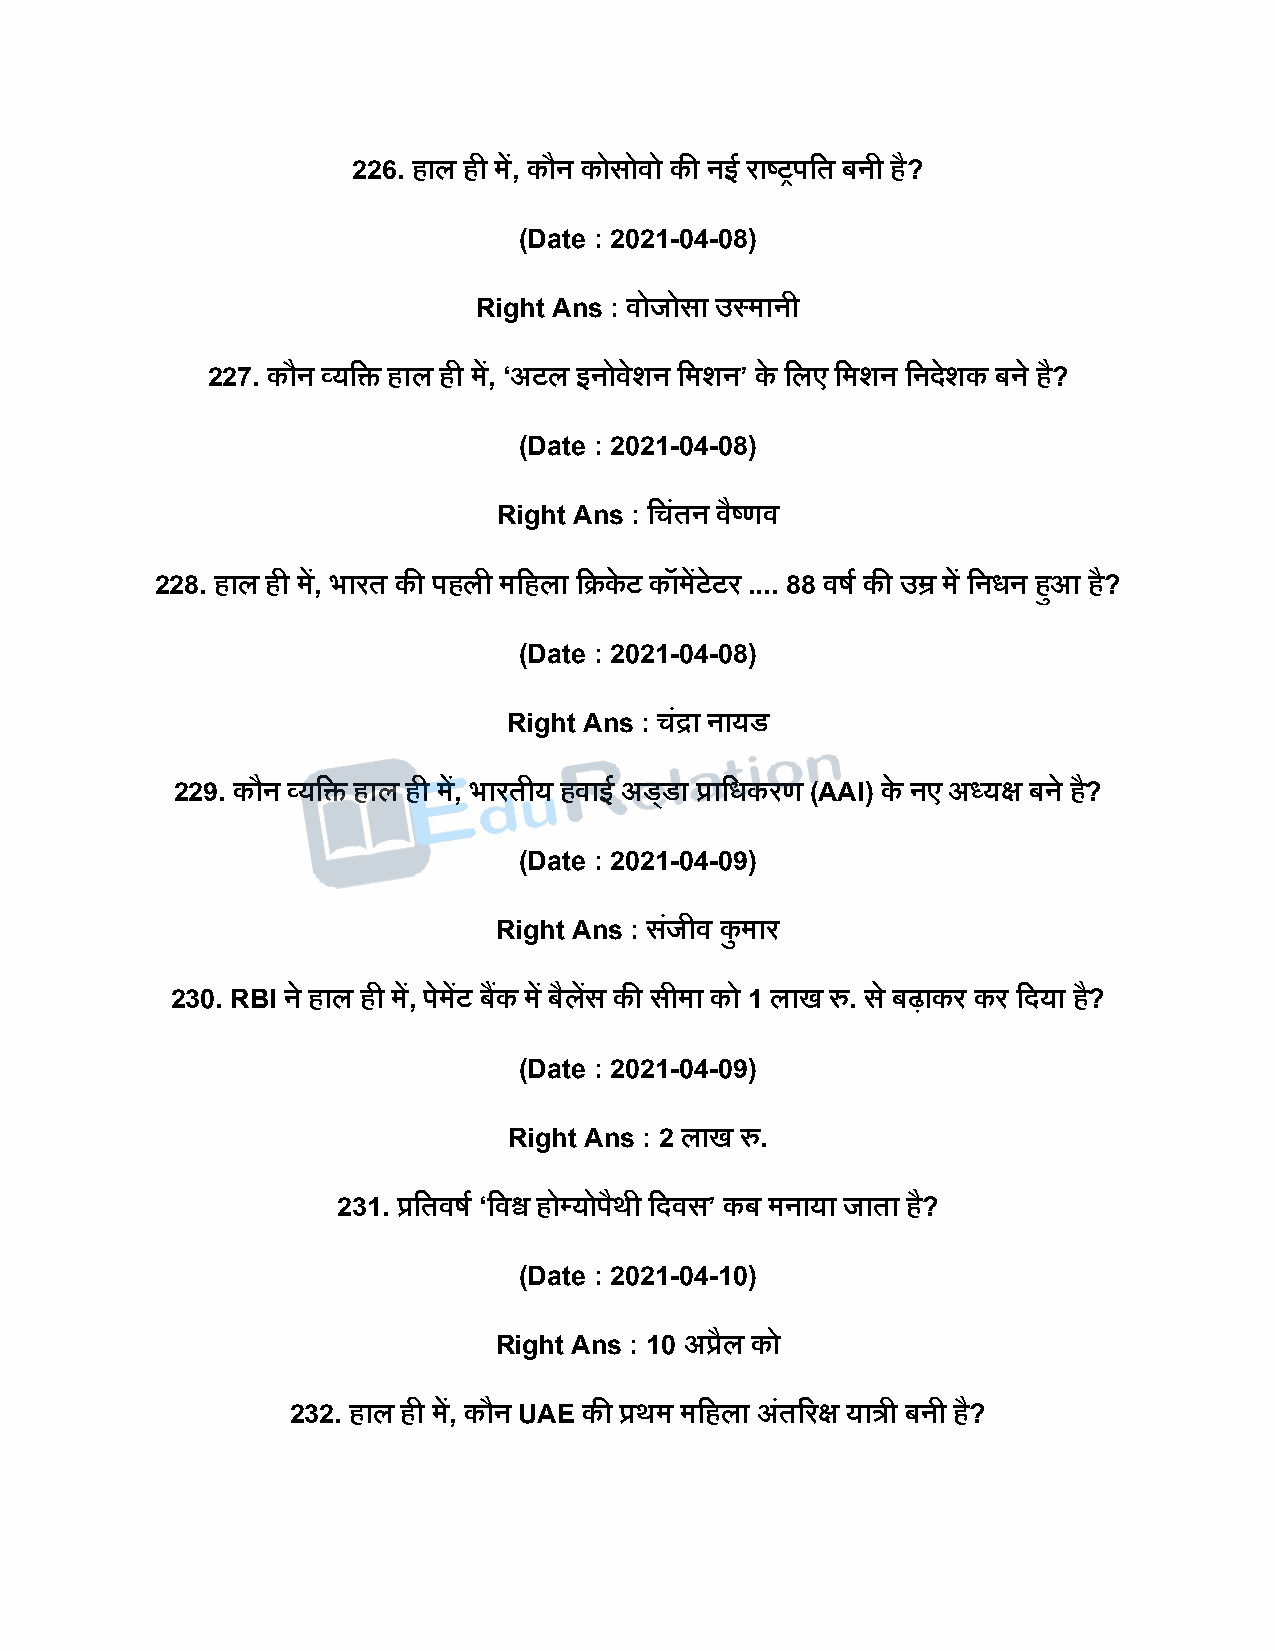
226. हाल ही में, कौन कोसोवो की नई राष्ट्रिदत बनी है?
 (Date : 2021-04-08)
 Right Ans : वोजोसा उस्मानी
 227. कौन व्यदि हाल ही में, ‘अटल इनोवेशन दमशन’ के दलए दमशन दनिेशक बने है?
 (Date : 2021-04-08)
 Right Ans : दचंतन वैष्ट्णव
 228. हाल ही में, भारत की िहली मदहला दक्रके ट कॉमेंटेटर .... 88 वर्ष की उम्र में दनधन हुआ है?
 (Date : 2021-04-08)
 Right Ans : चंद्रा नायड
 229. कौन व्यदि हाल ही में, भारतीय हवाई अडडडा प्रादधकरण (AAI) के नए अध्यक्ष बने ह?ै
 (Date : 2021-04-09)
 Right Ans : सजं ीव कु मार
 230. RBI ने हाल ही में, िेमेंट बकैं में बैलेंस की सीमा को 1 लाख रु. स े बढ़ाकर कर दिया ह?ै
 (Date : 2021-04-09)
 Right Ans : 2 लाख रु.
 231. प्रदतवर्ष ‘दवश्व होपयोिैथी दिवस’ कब मनाया जाता है?
 (Date : 2021-04-10)
 Right Ans : 10 अप्रैल को
 232. हाल ही में, कौन UAE की प्रथम मदहला अंतररक्ष यात्री बनी है?